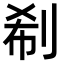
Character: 𠜗